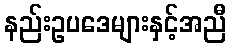
နည်းဥပဒေများနှင့်အညီ